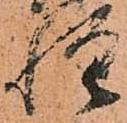
惶